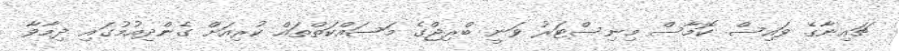
ޗައިނާގެ ވައިސް ކޮމާސް މިނިސްޓަރު ވަނީ ބްރިޖްގެ މަސައްކަތްތައް ކުރިއަށް ގެންދިއުމުގައި ދިމާވާ